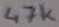
Text: 47k